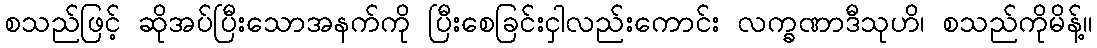
စသည်ဖြင့် ဆိုအပ်ပြီးသောအနက်ကို ပြီးစေခြင်းငှါလည်းကောင်း လက္ခဏာဒီသုဟိ၊ စသည်ကိုမိန့်။